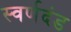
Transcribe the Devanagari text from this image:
स्वर्णदंड